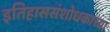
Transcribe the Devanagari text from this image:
इतिहाससंशोधकाच्या